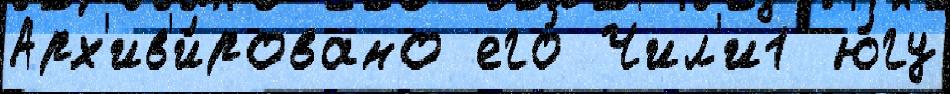
Арх'ив'и́ровано его́ Чил'и1 ю́гу